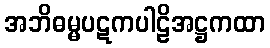
အဘိဓမ္မပဋကပါဠိအဋ္ဌကထာ